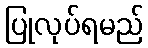
ပြုလုပ်ရမည်